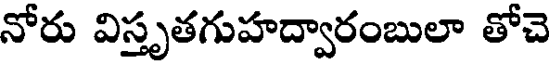
నోరు విస్తృతగుహద్వారంబులా తోచె